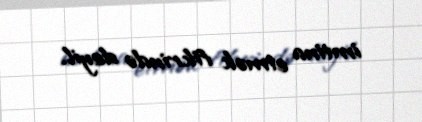
imtina etmək fikrində deyil.